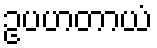
ဥပဟတာယံ